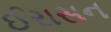
ઈરાસન